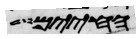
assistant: החיים